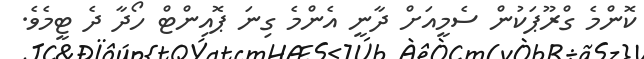
ކޮންމެ ގްރޫޕަކުން ސެމީއަށް ދާނީ އެންމެ ގިނަ ޕޮއިންޓް ހޯދާ ދެ ޓީމެވެ.